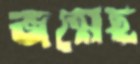
জন্মেছ